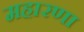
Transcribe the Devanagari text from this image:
महारणा